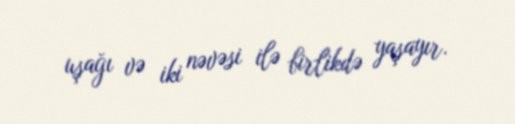
uşağı və iki nəvəsi ilə birlikdə yaşayır.